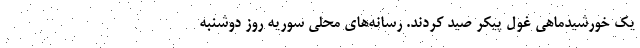
یک خورشیدماهی غول پیکر صید کردند. رسانه‌های محلی سوریه روز دوشنبه